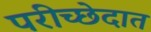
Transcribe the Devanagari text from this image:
परीच्छेदात